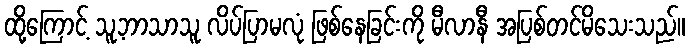
ထို့ကြောင့် သူ့ဘာသာသူ လိပ်ပြာမလုံ ဖြစ်နေခြင်းကို မီလာနီ အပြစ်တင်မိသေးသည်။